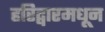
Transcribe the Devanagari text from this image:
हरिद्वारमधून